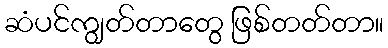
ဆံပင်ကျွတ်တာတွေ ဖြစ်တတ်တာ။